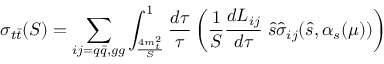
\sigma _ { t \bar { t } } ( S ) = \sum _ { i j = q \bar { q } , g g } \int _ { \frac { 4 m _ { t } ^ { 2 } } { S } } ^ { 1 } \frac { d \tau } { \tau } \left( \frac { 1 } { S } \frac { d L _ { i j } } { d \tau } \; \hat { s } \hat { \sigma } _ { i j } ( \hat { s } , \alpha _ { s } ( \mu ) ) \right)